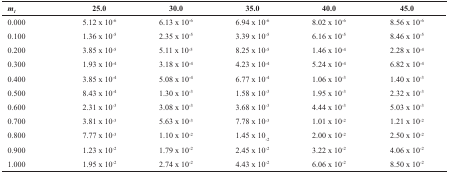
| m1 | 25.0 | 30.0 | 35.0 | 40.0 | 45.0 |
 | --- | --- | --- | --- | --- | --- |
 | 0.000 | 5.12 x 10-6 | 6.13 x 10-6 | 6.94 x 10-6 | 8.02 x 10-6 | 8.56 x 10-6 |
 | 0.100 | 1.36 x 10-5 | 2.35 x 10-5 | 3.39 x 10-5 | 6.16 x 10-5 | 8.46 x 10-5 |
 | 0.200 | 3.85 x 10-5 | 5.11 x 10-5 | 8.25 x 10-5 | 1.46 x 10-4 | 2.28 x 10-4 |
 | 0.300 | 1.93 x 10-4 | 3.18 x 10-4 | 4.23 x 10-4 | 5.24 x 10-4 | 6.82 x 10-4 |
 | 0.400 | 3.85 x 10-4 | 5.08 x 10-4 | 6.77 x 10-4 | 1.06 x 10-3 | 1.40 x 10-3 |
 | 0.500 | 8.43 x 10-4 | 1.30 x 10-3 | 1.58 x 10-3 | 1.95 x 10-3 | 2.32 x 10-3 |
 | 0.600 | 2.31 x 10-3 | 3.08 x 10-3 | 3.68 x 10-3 | 4.44 x 10-3 | 5.03 x 10-3 |
 | 0.700 | 3.81 x 10-3 | 5.63 x 10-3 | 7.78 x 10-3 | 1.01 x 10-2 | 1.21 x 10-2 |
 | 0.800 | 7.77 x 10-3 | 1.10 x 10-2 | 1.45 x 10-2 | 2.00 x 10-2 | 2.50 x 10-2 |
 | 0.900 | 1.23 x 10-2 | 1.79 x 10-2 | 2.45 x 10-2 | 3.22 x 10-2 | 4.06 x 10-2 |
 | 1.000 | 1.95 x 10-2 | 2.74 x 10-2 | 4.43 x 10-2 | 6.06 x 10-2 | 8.50 x 10-2 |